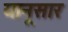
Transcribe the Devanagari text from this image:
यानूसार